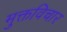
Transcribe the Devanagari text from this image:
मुक्तविचार